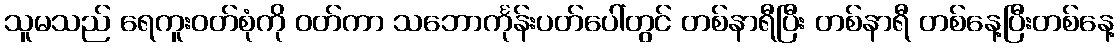
သူမသည် ရေကူးဝတ်စုံကို ဝတ်ကာ သဘောင်္ကုန်းပတ်ပေါ်တွင် တစ်နာရီပြီး တစ်နာရီ တစ်နေ့ပြီးတစ်နေ့